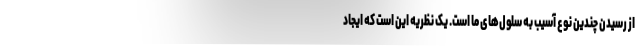
از رسیدن چندین نوع آسیب به سلول‌های ما است. یک نظریه این است که ایجاد